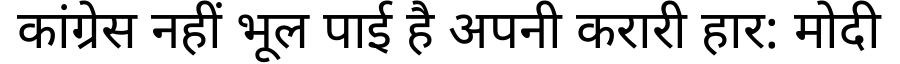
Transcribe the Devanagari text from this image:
कांग्रेस नहीं भूल पाई है अपनी करारी हार: मोदी